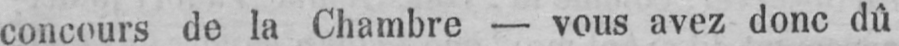
concours de la Chambre - vous avez donc dû